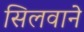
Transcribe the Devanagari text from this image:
सिलवाने